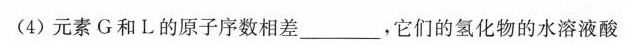
(4)元素G和L的原子序数相差_____，它们的氢化物的水溶液酸